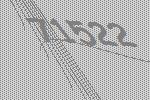
71522